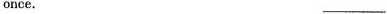
once. ___